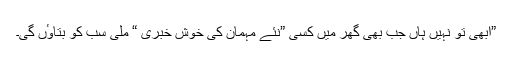
”ابھی تو نہیں ہاں جب بھی گھر میں کسی ”نئے مہمان کی خوش خبری “ ملی سب کو بتاوٴں گی۔